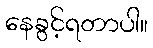
နေခွင့်ရတာပါ။